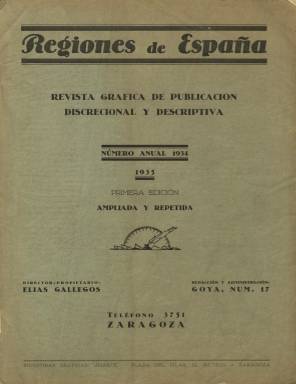
Título: Regiones de España
Colección: Revistas turísticas y de viajes
Ámbito geográfico: Madrid
Lugar de publicación: Zaragoza
Fechas: 01/01/1935-31/12/1935

Esta revista eminentemente gráfica, editada en Zaragoza por Elías Gallegos, está consagrada a divulgar la riqueza monumental de España. La BNE solo conserva el número publicado en 1935, que es una edición ampliada y repetida de la primera edición de 1934.

  Pese a sus 176 páginas, la publicación se lee con fluidez dado el predominio de la fotografía, con páginas llenas de ilustraciones y otras dedicadas a la publicidad, dándose el caso que en muchas ocasiones se mezcla la información gráfica de los monumentos con los anuncios.

   Todas las provincias de España tienen representación en esta revista con sus monumentos, edificios singulares, zonas urbanas o parajes naturales más representativos.  Se trata de imágenes con cierta importancia, dado que están tomadas antes de la Guerra Civil, que produjo una gran destrucción de nuestro patrimonio arquitectónico, y por tanto lo que vemos es el original, la forma genuina, no la reconstrucción o la reforma que muchos monumentos experimentaron años después.

   Previa a la exposición gráfica hay unas páginas en las que se describe los datos esenciales de cada capital de provincia y se informa de los pueblos más importantes de cada una de ellas. Datos como población, clima, riqueza económica, lugares de interés, tradiciones, una pincelada de historia se exponen en unos pocos párrafos que se leen de forma amena. No falta en ningún caso el dato de la distancia de la capital en cuestión a Madrid, tanto por carretera como por ferrocarril, medio que era todavía predominante.

   Es curioso que se incluye en esta relación, junto a Ceuta y Melilla, a Tetuán, que se consideraba una ciudad española más, con sus mezquitas y sinagogas, por lo que era llamada la ciudad santa.

   Exceptuando esta relación de capitales provinciales, la única página de texto de la revista es una en la que bajo la cabecera de la publicación figura un artículo titulado La riqueza turística de España, escrito por José Ortiz Muñoz, del Patrimonio Nacional de Turismo.

  El artículo arranca así: ‘Si algún país puede ser llamado por antonomasia "país turista", no es otro que España…Porque España es el país de la variedad. De la variedad en todo. La geografía, el arte, los tipos, las costumbres, los caracteres muestran una España rica y diversa que basta para satisfacer las exigencias mayores, tanto del turista erudito y culto como del simple viajero curioso que quiere gozarse en la múltiple maravilla de la naturaleza’.

   Es un claro ejemplo de los tempranos intentos de nuestro país por convertirse en lo que es hoy, una de las primeras potencias turísticas del mundo.

[Descripción publicada el 17/08/2022]